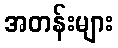
အတန်းများ